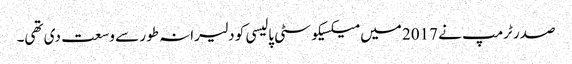
صدر ٹرمپ نے 2017 میں میکسیکو سٹی پالیسی کو دلیرانہ طور سے وسعت دی تھی۔